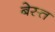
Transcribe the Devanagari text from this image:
बेस्त